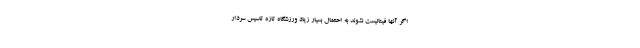
اگر آنها فینالیست نشوند به احتمال بسیار زیاد ورزشگاه تازه تاسیس سردار